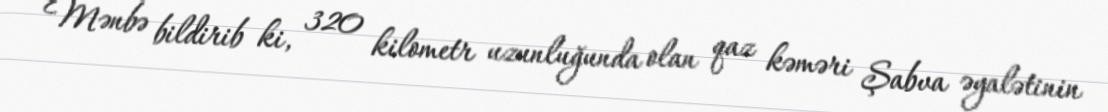
Mənbə bildirib ki, 320 kilometr uzunluğunda olan qaz kəməri Şabva əyalətinin